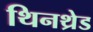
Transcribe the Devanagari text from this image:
थिनथ्रेड